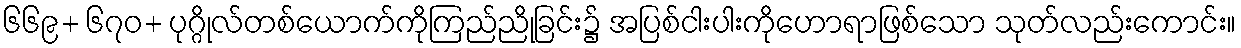
၆၆၉+ ၆၇၀+ ပုဂ္ဂိုလ်တစ်ယောက်ကိုကြည်ညိုခြင်း၌ အပြစ်ငါးပါးကိုဟောရာဖြစ်သော သုတ်လည်းကောင်း။